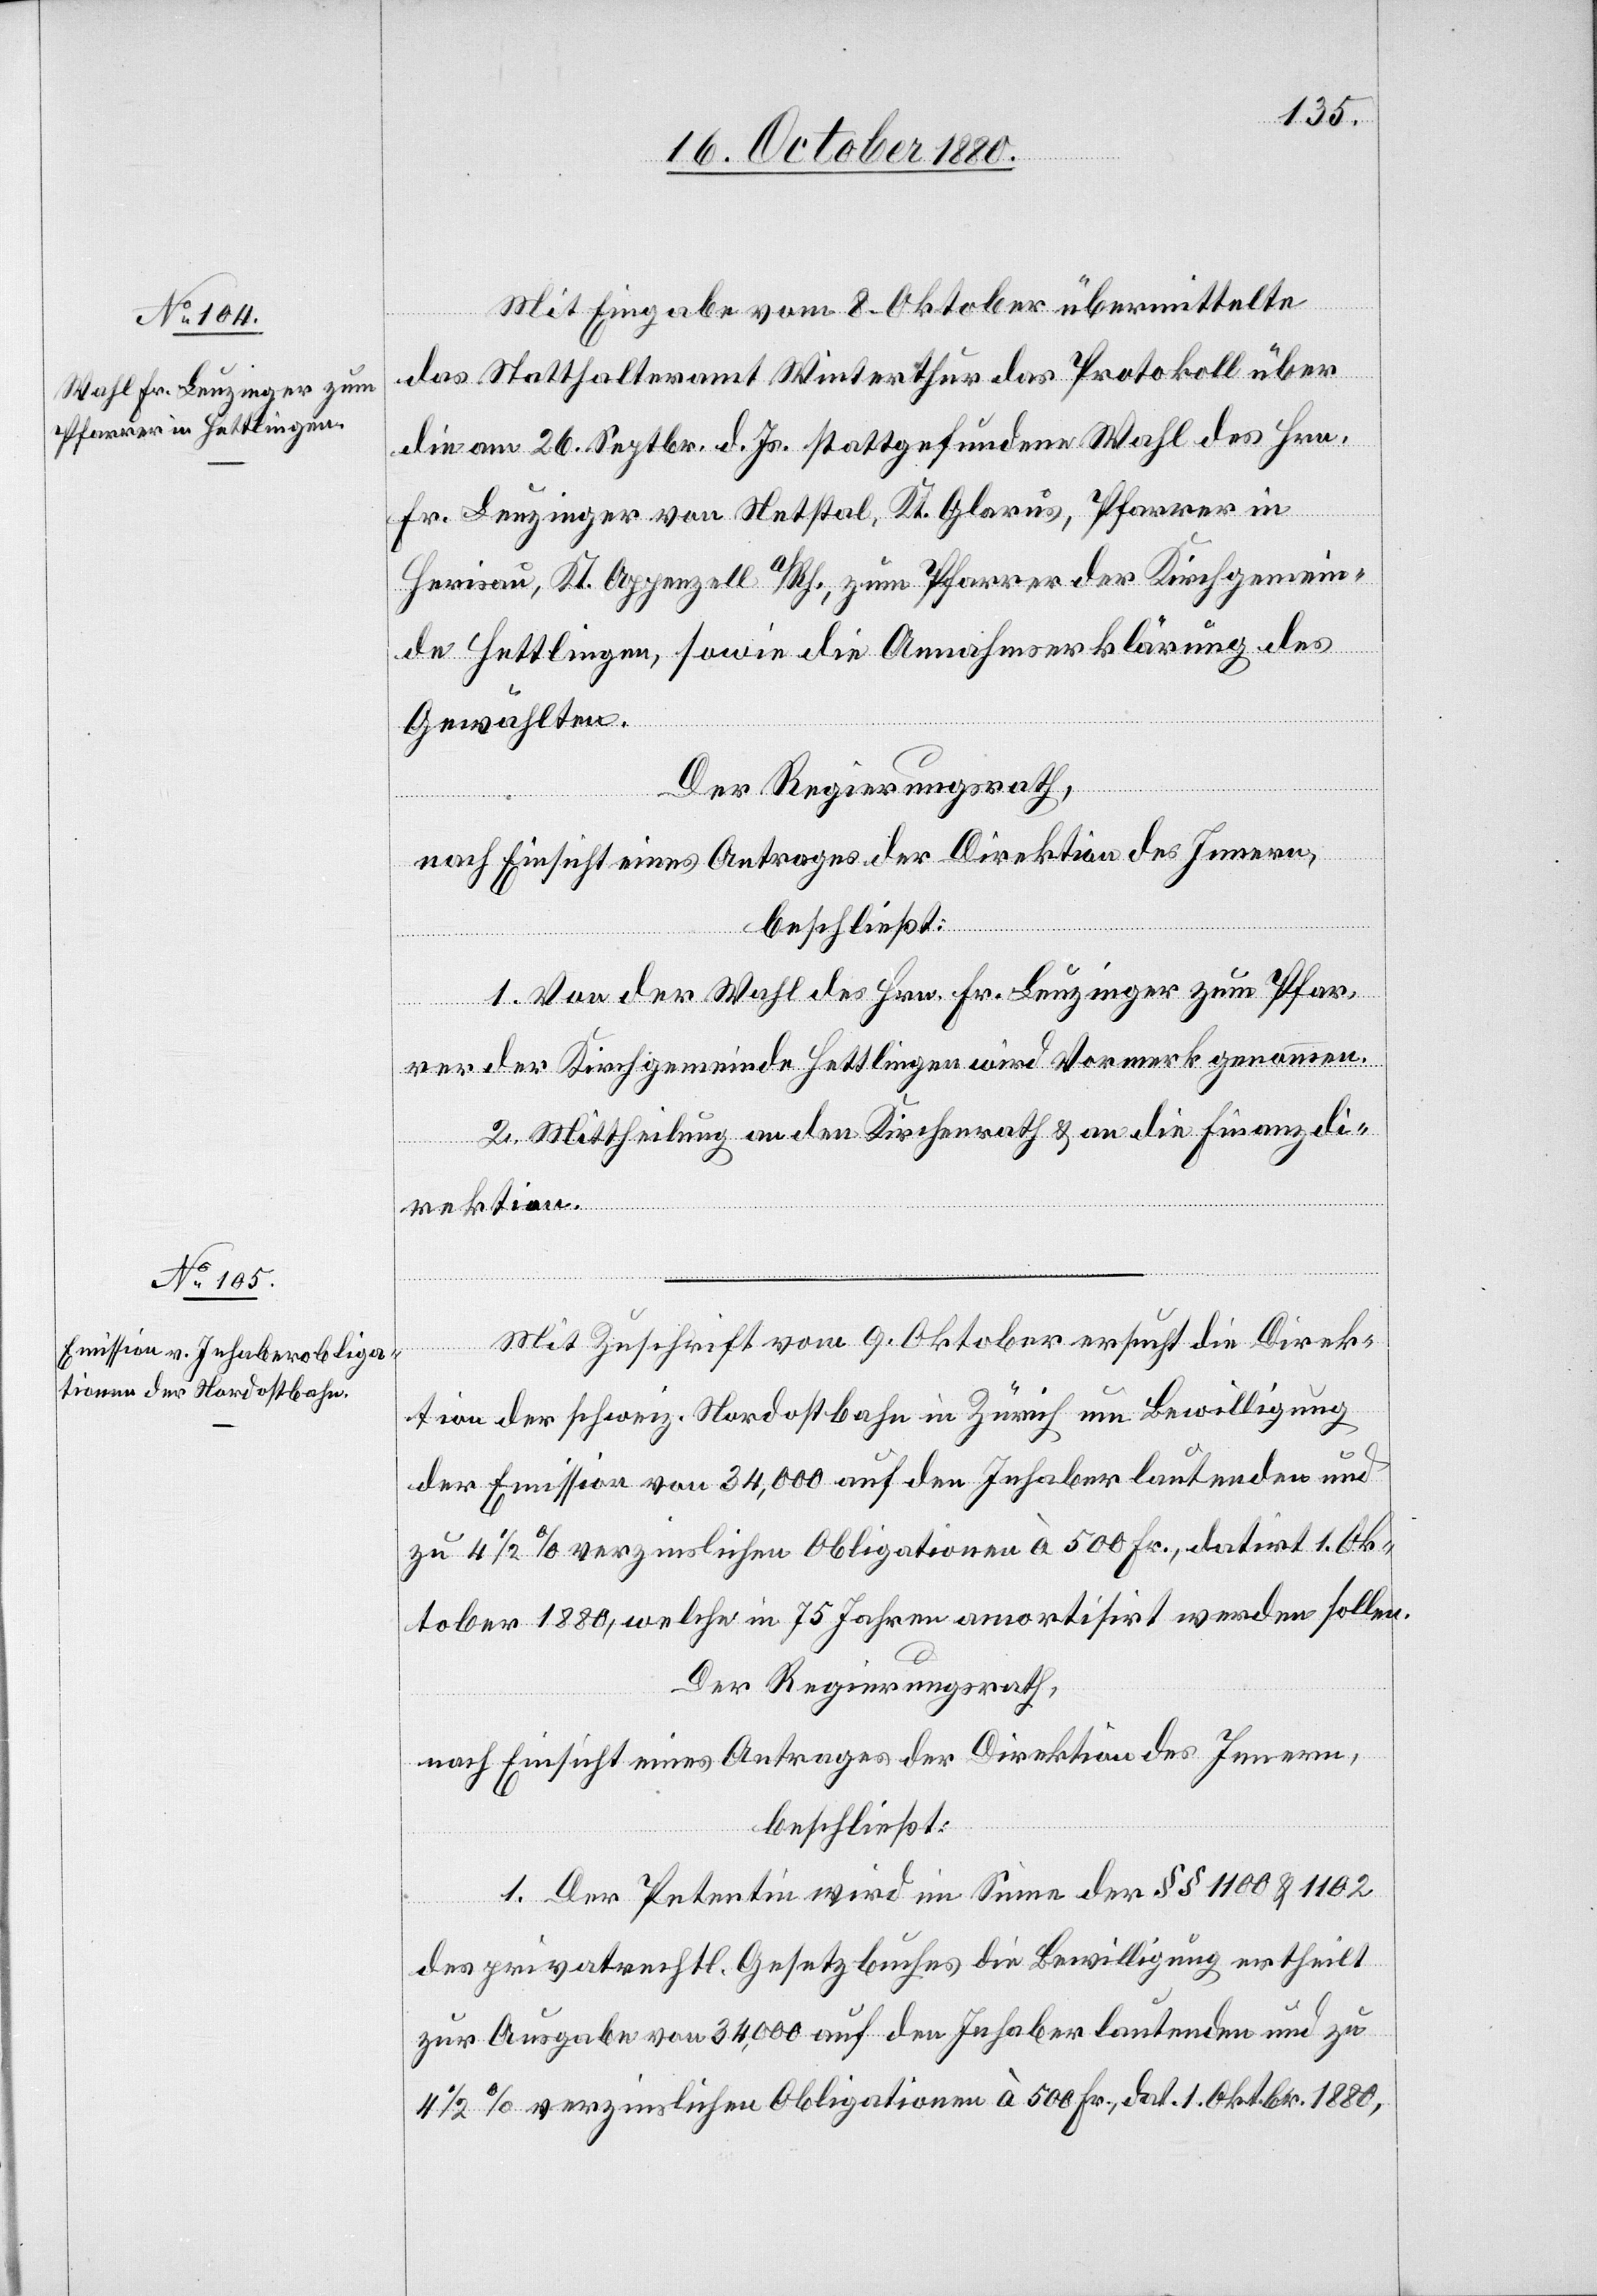
Mit Eingabe vom 8. Oktober übermittelte
das Statthalteramt Winterthur das Protokoll über
die am 26. Septbr. d. Js. stattgefundene Wahl des Hrn.
Fr. Leuzinger von Netstal, Kt. Glarus, Pfarrer in
Herisau, Kt. Appenzell a/Rh., zum Pfarrer der Kirchgemein¬
de Hettlingen, sowie die Annahmserklärung des
Gewählten.
Der Regierungsrath,
nach Einsicht eines Antrages der Direktion des Innern,
beschließt:
1. Von der Wahl des Hrn. Fr. Leuzinger zum Pfar¬
rer der Kirchgemeinde Hettlingen wird Vormerk genommen.
2. Mittheilung an den Kirchenrath & an die Finanzdi¬
rektion.
Mit Zuschrift vom 9. Oktober ersucht die Direk¬
tion der schweiz. Nordostbahn in Zürich um Bewilligung
der Emission von 34,000 [Fr.] auf den Inhaber lautenden und
zu 4 1/2% verzinslichen Obligationen à 500 Fr., datirt 1. Ok¬
tober 1880, welche in 75 Jahren amortisirt werden sollen.
Der Regierungsrath,
nach Einsicht eines Antrages der Direktion des Innern,
beschließt:
1. Der Petentin wird im Sinne der §§ 1100 & 1102
des privatrechtl. Gesetzbuches die Bewilligung ertheilt
zur Ausgabe von 34,000 auf den Inhaber lautenden und zu
4 1/2% verzinslichen Obligationen à 500 Fr., dat. 1. Oktbr. 1880,